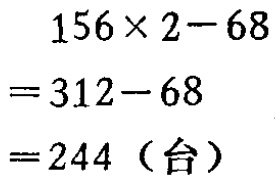
\[
\begin{align*}
&156\times2 - 68\\
=&312 - 68\\
=&244（台）
\end{align*}
\]